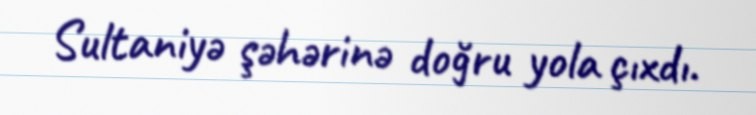
Sultaniyə şəhərinə doğru yola çıxdı.